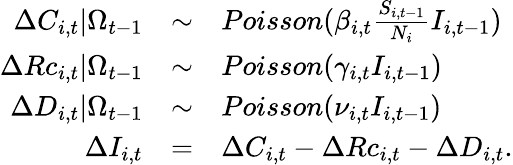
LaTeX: \begin{array}{rcl}{\Delta C_{i,t}|\Omega_{t-1}}&{\sim}&{Poisson(\beta_{i,t}\frac{S_{i,t-1}}{N_{i}}I_{i,t-1})}\\ {\Delta Rc_{i,t}|\Omega_{t-1}}&{\sim}&{Poisson(\gamma_{i,t}I_{i,t-1})}\\ {\Delta D_{i,t}|\Omega_{t-1}}&{\sim}&{Poisson(\nu_{i,t}I_{i,t-1})}\\ {\Delta I_{i,t}}&{=}&{\Delta C_{i,t}-\Delta Rc_{i,t}-\Delta D_{i,t}.}\end{array}